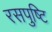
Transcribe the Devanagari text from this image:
रसपुष्टि